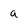
Character: a